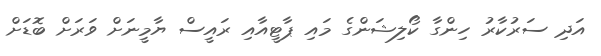
އަދި ސަރުކާރު ހިންގާ ކޯލިޝަންގެ މައި ޕާޓީއާއި ރައީސް ޔާމީނަށް ވަރަށް ބޮޑަށް